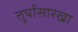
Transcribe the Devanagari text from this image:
तुर्यासारखा